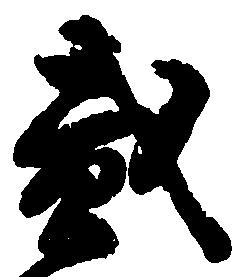
弐